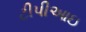
ટીપીઆઇ